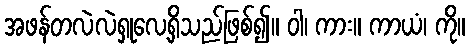
အဖန်တလဲလဲရှုလေ့ရှိသည်ဖြစ်၍။ ဝါ၊ ကား။ ကာယံ၊ ကို။